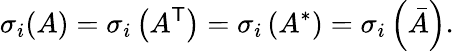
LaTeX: \sigma_{i}(A)=\sigma_{i}\left(A^{\textsf{T}}\right)=\sigma_{i}\left(A^{*}\right)=\sigma_{i}\left({\bar{A}}\right).